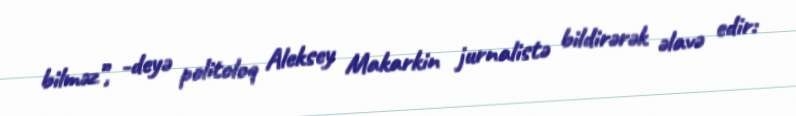
bilməz”, -deyə politoloq Aleksey Makarkin jurnalistə bildirərək əlavə edir: